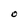
Character: O